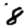
Digit: 8